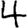
Digit: 4